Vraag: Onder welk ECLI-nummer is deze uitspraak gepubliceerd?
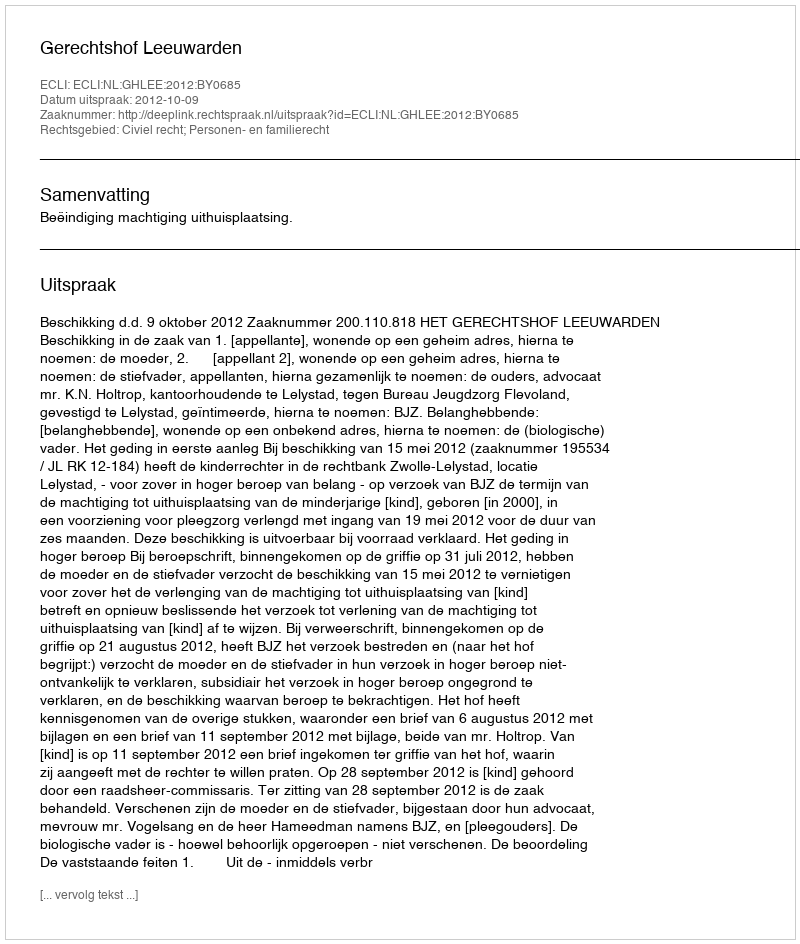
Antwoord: ECLI:NL:GHLEE:2012:BY0685